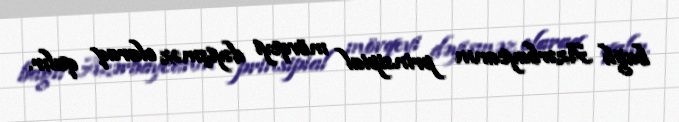
bağlı Azərbaycanın prinsipial mövqeyi dəyişməz olaraq qalır.